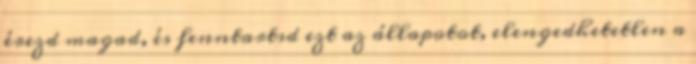
érezd magad, és fenntartsd ezt az állapotot, elengedhetetlen a